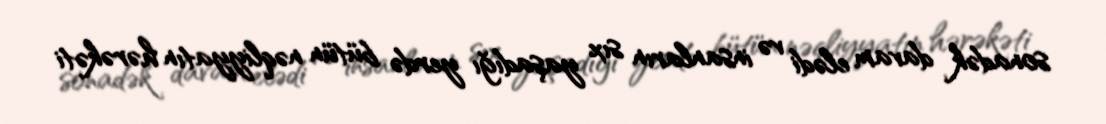
sonadək davam elədi və insanların sıx yaşadığı yerdə bütün nəqliyyatın hərəkəti